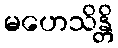
မဟေသိန္တိ